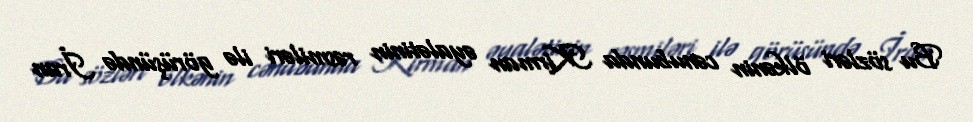
Bu sözləri ölkənin cənubunda Kirman əyalətinin rəsmiləri ilə görüşündə İran